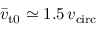
\bar { v } _ { \mathrm { t 0 } } \simeq 1 . 5 \, v _ { \mathrm { c i r c } }